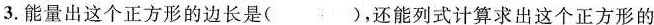
3.能量出这个正方形的边长是（ ），还能列式计算求出这个正方形的